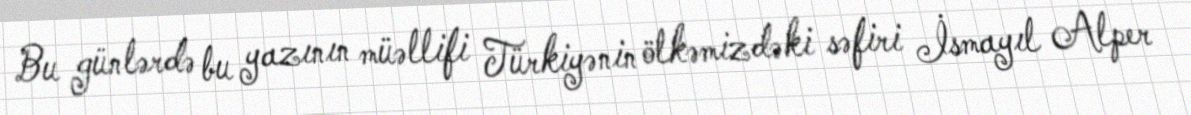
Bu günlərdə bu yazının müəllifi Türkiyənin ölkəmizdəki səfiri İsmayıl Alper